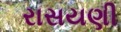
રાસયણી